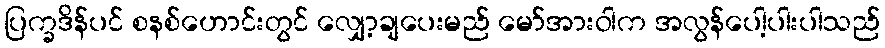
ပြက္ခဒိန်ပင် စနစ်ဟောင်းတွင် လျှော့ချပေးမည် မော်အားဝါက အလွန်ပေါ့ပါးပါသည်